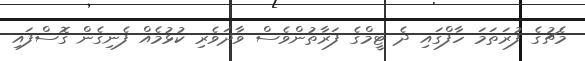
މެޗުގެ ފުރަތަމަ ހާފްގައި ދެ ޓީމްގެ ފަރާތުންވެސް ވާދަވެރި ކުޅުމެއް ފެނިގެން ގޮސްފައި